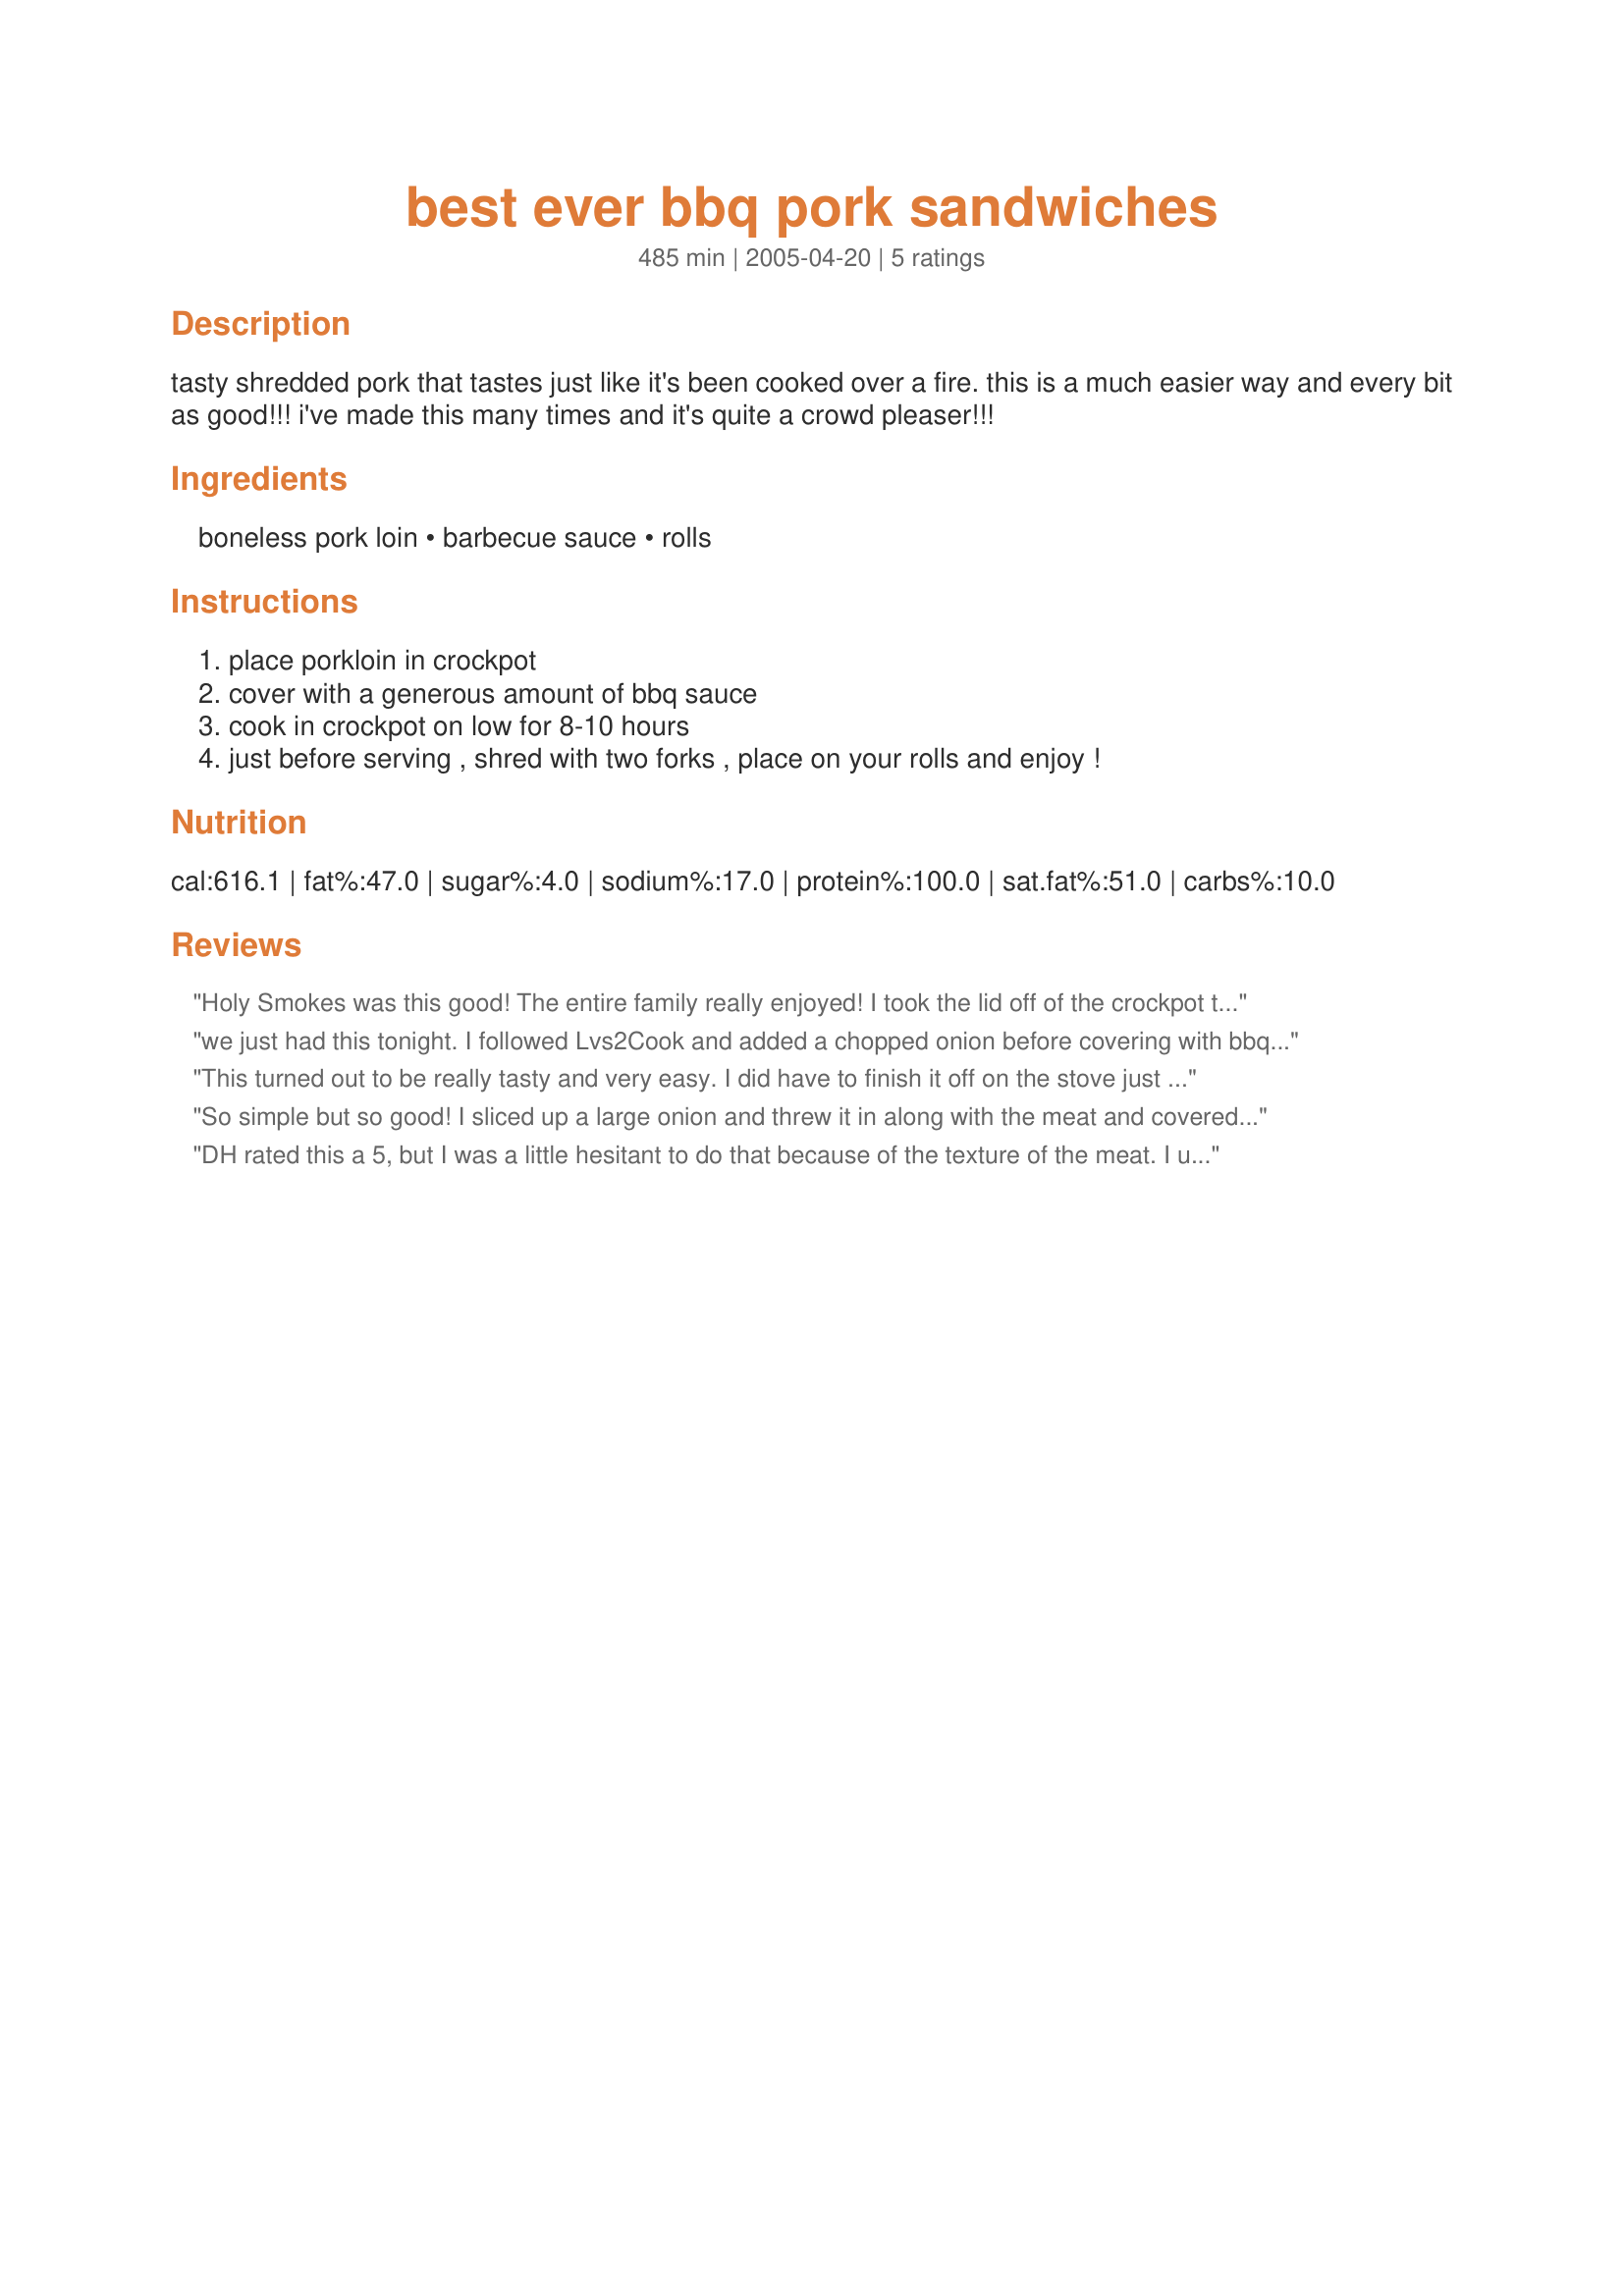
best ever bbq pork sandwiches
Preparation time: 485 minutes

tasty shredded pork that tastes just like it's been cooked over a fire. this is a much easier way and every bit as good!!! i've made this many times and it's quite a crowd pleaser!!!

Ingredients:
boneless pork loin, barbecue sauce, rolls

Steps:
place porkloin in crockpot, cover with a generous amount of bbq sauce, cook in crockpot on low for 8-10 hours, just before serving , shred with two forks , place on your rolls and enjoy !

Reviews:
Holy Smokes was this good! The entire family really enjoyed! I took the lid off of the crockpot the last hour or so to thicken up the sauce. I can't wait to make this for company!
we just had this tonight. I followed Lvs2Cook and added a chopped onion before covering with bbq sauce. we cooked a little under 3 pounds for a little less than 6 hours and we both loved it with some cool sliced peaches on the side.
This turned out to be really tasty and very easy. I did have to finish it off on the stove just to thicken up the sauce but was most likely something to do with the sauce that I used.
So simple but so good! I sliced up a large onion and threw it in along with the meat and covered with Sweet Baby Ray's barbecue sauce. The meat shredded perfectly at dinnertime. Thanks for posting!
DH rated this a 5, but I was a little hesitant to do that because of the texture of the meat. I used a pork tenderloin and maybe that was the mistake. It is very, very tasty and I'm willing to bet it would be good with chicken, too. I also added a handful of minced onion, and removed the lid for the last hour to thicken the sauce. I served this with just a tossed salad and it was plenty! Will definitely make again, and maybe try it with chicken or beef. We are in the middle of painting, so it was an ideal choice - put it on in the morning, and supper is ready when you are! Thank you for posting. PugMomma.
